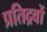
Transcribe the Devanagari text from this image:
प्रतिद्रवों